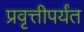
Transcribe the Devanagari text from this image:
प्रवृत्तीपर्यंत